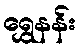
ရွှေနန်း